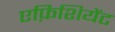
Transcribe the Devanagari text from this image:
एफ़िशियेंट